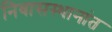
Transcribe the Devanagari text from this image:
निवासस्थानांत